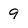
Character: 9